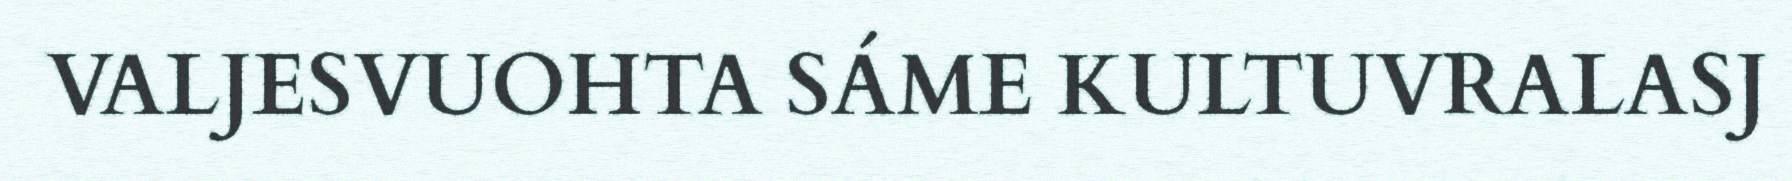
VALJESVUOHTA SÁME KULTUVRALASJ